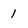
Character: 1